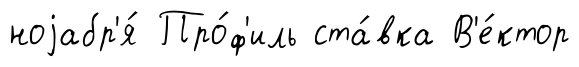
ноjабр'я́ Про́ф'иль ста́вка В'е́ктор